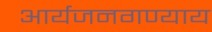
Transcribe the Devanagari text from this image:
आर्यजनगण्याय